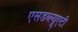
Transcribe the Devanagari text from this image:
एसडब्ल्यूएटी